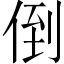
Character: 倒